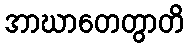
အာဃာတေတွာတိ